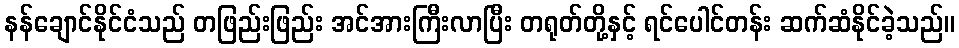
နန်ချောင်နိုင်ငံသည် တဖြည်းဖြည်း အင်အားကြီးလာပြီး တရုတ်တို့နှင့် ရင်ပေါင်တန်း ဆက်ဆံနိုင်ခဲ့သည်။